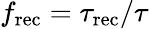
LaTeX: f_{\mathrm{rec}}=\tau_{\mathrm{rec}}/\tau